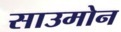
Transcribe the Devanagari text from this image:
साउमोन